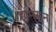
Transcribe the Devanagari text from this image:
हामसुन